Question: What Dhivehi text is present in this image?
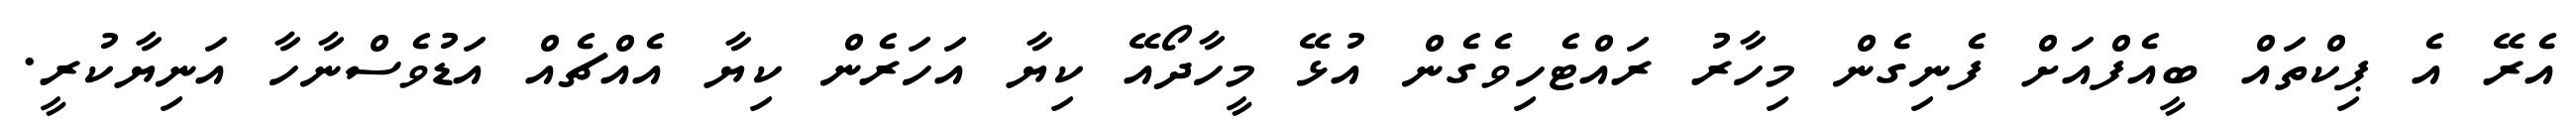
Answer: އެރޭ އެ ޕިކްތައް ބީއެފްއަށް ފެނިގެން މިހާރު ރައްޓެހިވެގެން އުޅޭ މީހާދޯއޭ ކިޔާ އަހަރެން ކިޔާ އެއްޗެއް އަޑުވެސްނާހާ އަނިޔާކުރީ.